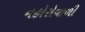
નહોરોવાળી